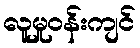
လူမှုဝန်းကျင်